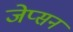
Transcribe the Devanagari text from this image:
जेप्सन